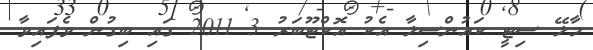
މާލޭ ސިޓީ ކައުންސިލާ އެކު އޮކްޓޫބަރު 3 2011 ގައި ބިގުން ވެފައިވާ